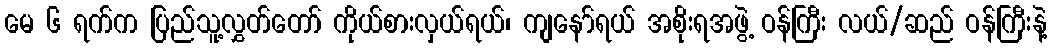
မေ ၆ ရက်က ပြည်သူ့လွှတ်တော် ကိုယ်စားလှယ်ရယ်၊ ကျနော်ရယ် အစိုးရအဖွဲ့ ဝန်ကြီး လယ်/ဆည် ဝန်ကြီးနဲ့